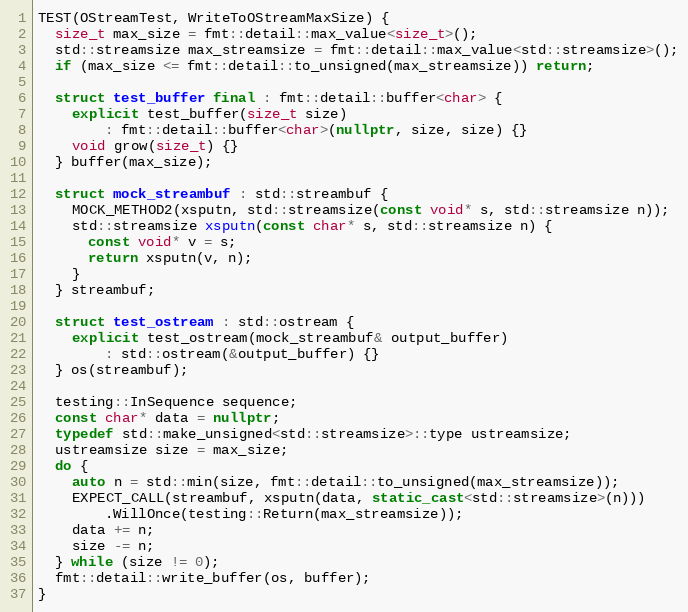
Language: C++
TEST(OStreamTest, WriteToOStreamMaxSize) {
  size_t max_size = fmt::detail::max_value<size_t>();
  std::streamsize max_streamsize = fmt::detail::max_value<std::streamsize>();
  if (max_size <= fmt::detail::to_unsigned(max_streamsize)) return;

  struct test_buffer final : fmt::detail::buffer<char> {
    explicit test_buffer(size_t size)
        : fmt::detail::buffer<char>(nullptr, size, size) {}
    void grow(size_t) {}
  } buffer(max_size);

  struct mock_streambuf : std::streambuf {
    MOCK_METHOD2(xsputn, std::streamsize(const void* s, std::streamsize n));
    std::streamsize xsputn(const char* s, std::streamsize n) {
      const void* v = s;
      return xsputn(v, n);
    }
  } streambuf;

  struct test_ostream : std::ostream {
    explicit test_ostream(mock_streambuf& output_buffer)
        : std::ostream(&output_buffer) {}
  } os(streambuf);

  testing::InSequence sequence;
  const char* data = nullptr;
  typedef std::make_unsigned<std::streamsize>::type ustreamsize;
  ustreamsize size = max_size;
  do {
    auto n = std::min(size, fmt::detail::to_unsigned(max_streamsize));
    EXPECT_CALL(streambuf, xsputn(data, static_cast<std::streamsize>(n)))
        .WillOnce(testing::Return(max_streamsize));
    data += n;
    size -= n;
  } while (size != 0);
  fmt::detail::write_buffer(os, buffer);
}